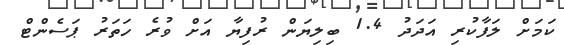
ކަމަށް ލަފާކުރި އަދަދު 1.4 ބިލިޔަން ރުފިޔާ އަށް ވުރެ ހަތަރު ޕަސެންޓް